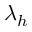
\lambda _ { h }